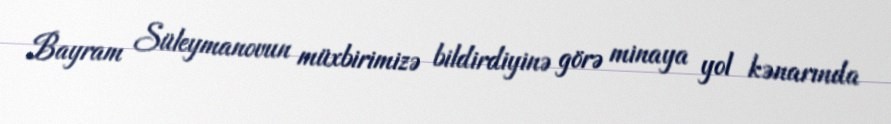
Bayram Süleymanovun müxbirimizə bildirdiyinə görə minaya yol kənarında